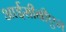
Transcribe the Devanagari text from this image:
आईसीबीएम